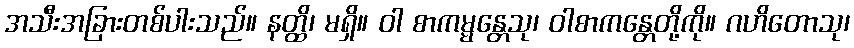
အသီးအခြားတစ်ပါးသည်။ နတ္ထိ၊ မရှိ။ ဝါ စာကမ္မန္တေသု၊ ဝါစာကန္တေတို့ကို။ ဂဟိတောသု၊